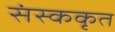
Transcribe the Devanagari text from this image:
संस्ककृत